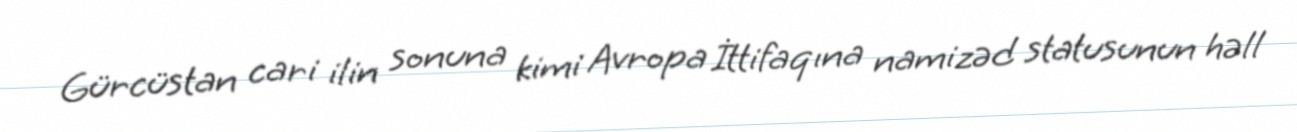
Gürcüstan cari ilin sonuna kimi Avropa İttifaqına namizəd statusunun həll